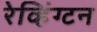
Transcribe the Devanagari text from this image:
रेव्हिंग्टन